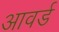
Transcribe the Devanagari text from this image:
आवर्ड